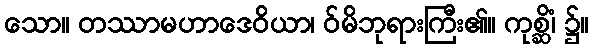
သော။ တဿာမဟာဒေဝိယာ၊ ဝ်မိဘုရားကြီး၏။ ကုစ္ဆိံ၊ ၌။